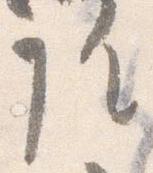
院